Lunatic asylums Bombay report 1878-1890 - 1878-1890
Year: 1878
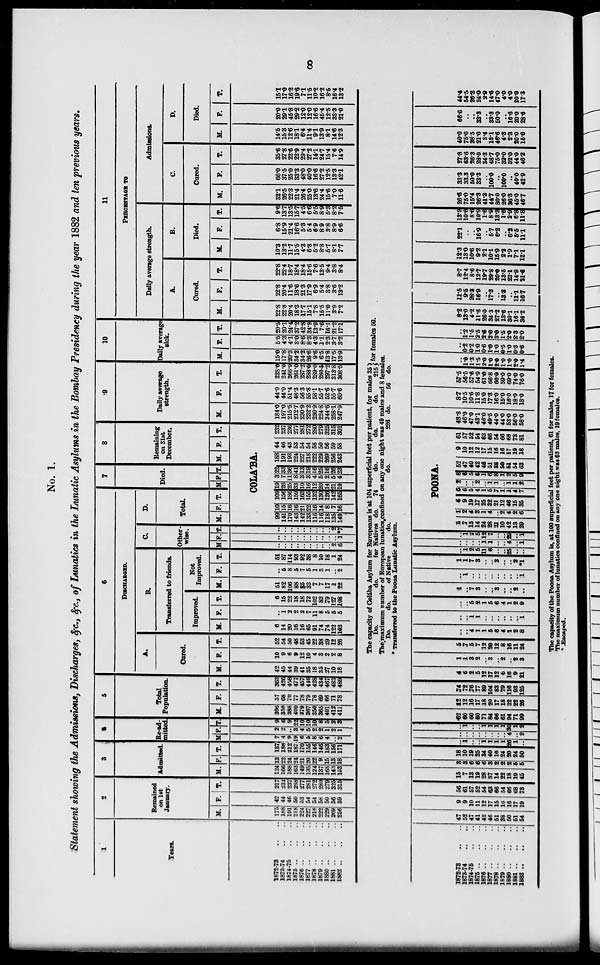
8
No. 1.
Statement showing the Admissions, Discharges, &c., &c., of Lunatics in the Lunatic Asylums in the Bombay Presidency during the year 1882 and ten previous years.
1
Years.
1872-73 .. ..
1873-74 .. ..
1874-75 .. ..
1875
..
..
..
1876
..
..
..
1877
..
..
..
1878
..
..
..
1879
..
..
..
1880
..
..
..
1881
..
..
..
1882
..
..
..
2
Remained
on 1st
January.
M.
175
188
191
218
224
227
216
222
229
269
256
F.
42
44
46
50
53
54
54
58
50
56
59
T.
217
232
237
268
277
281
272
280
279
325
315
3
Admitted.
M.
124
166
188
163
149
135
124
137
168
143
153
F.
13
22
24
24
21
20
22
9
15
13
18
T.
137
188
212
187
170
155
146
146
183
156
171
4
Re-ad-
mitted
M.
7
4
9
19
6
5
8
6
4
..
2
F.
2
2
..
3
4
5
2
2
1
2
1
T.
9
6
9
22
10
10
10
8
5
2
3
5
Total
Population.
M.
306
358
388
400
379
367
350
365
401
412
411
F.
57
68
70
77
78
79
78
69
66
71
78
T.
363
426
458
477
457
416
428
434
467
483
489
6
DISCHARGED.
A.
Cured.
M.
42
45
44
39
41
35
18
35
27
10
18
F.
10
9
6
9
12
10
4
3
2
2
8
T.
52
54
50
48
53
45
22
38
29
12
26
B.
Transferred to friends.
Improved.
M.
6
14
20
16
16
65
91
74
74
122
103
F.
..
1
2
2
2
7
11
8
5
5
5
T.
6
15
22
18
18
72
102
82
79
127
108
Not
Improved.
M.
51
82
106
88
85
33
7
7
17
1
22
F.
..
5
8
5
7
5
1
3
1
..
2
T.
51
87
114
93
92
38
8
10
18
1
24
C.
Other-
wise.
M
..
..
..
..
..
..
..
..
..
2
6
F.
..
..
..
..
..
..
..
..
..
..
1
T.
..
..
..
..
..
..
..
..
..
2
*7
D.
Total.
M. F. T.
7
Died.
M F. T.
8
Remaining
on 31st
December.
M. F. T.
COLA'BA.
99
141
170
143
142
133
116
116
118
135
149
10
15
16
16
21
22
16
14
8
7
16
109
156
186
159
163
155
132
130
126
142
165
19
26
25
33
10
16
12
20
14
21
19
3
7
11
8
3
3
4
5
2
5
4
22
33
36
41
13
19
16
25
16
26
23
188
191
193
224
227
218
222
229
269
256
243
44
46
43
53
54
54
58
50
56
59
58
232
237
236
277
281
272
280
279
325
315
301
9
Daily average
strength.
M.
184.0
197.0
215.5
212.7
230.9
232.2
230.9
224.8
244.6
258.1
247.9
F.
44.0
44.0
51.4
48.3
56.3
55.8
58.1
55.7
52.6
55.7
60.6
T.
228.0
241.0
266.9
261.0
287.2
288.0
289.0
280.5
297.2
313.8
308.5
10
Daily average
sick.
M.
15.0
17.8
20.3
34.2
34.2
26.6
9.6
6.5
13.8
17.5
13.9
F.
5.5
4.3
4.1
3.0
8.6
8.3
4.3
1.1
2.3
3.7
3.2
T.
20.5
20.1
24.4
37.2
42.8
34.9
13.9
7.6
16.1
21.2
17.1
11
PERCENTAGE TO
Daily average strength.
A.
Cured.
M.
22.8
22.8
20.4
18.3
17.7
15.1
7.8
15.5
11.0
3.9
7.2
F.
22.8
20.4
11.6
18.6
21.3
17.9
6.9
5.4
3.8
3.6
13.2
T.
22.8
22.4
18.7
18.4
18.4
15.6
7.6
13.5
9.4
3.8
8.4
B.
Died.
M.
10.3
13.2
11.7
15.5
4.3
6.8
5.2
8.8
5.7
8.1
7.7
F.
6.8
15.9
21.4
16.6
5.3
5.4
6.9
8.9
3.8
8.9
6.6
T.
9.6
13.7
13.5
15.7
4.5
6.6
5.5
8.9
5.3
8.2
7.5
Admissions.
C.
Cured.
M.
32.1
26.5
22.3
21.4
26.4
25.0
13.6
24.4
15.6
7.0
11.6
F.
66.0
37.5
25.0
33.3
48.0
40.0
16.6
27.2
12.5
13.3
42.1
T.
35.6
27.8
22.6
22.9
29.4
27.2
14.1
24.7
15.4
7.6
14.9
D.
Died.
M.
14.5
15.3
12.6
18.1
6.4
11.4
9.1
13.9
8.1
14.6
12.3
F.
20.0
29.1
45.8
29.2
12.0
12.0
16.6
45.4
12.5
33.3
21.0
T.
15.1
17.0
16.2
19.6
7.1
11.6
10.2
16.2
8.5
16.4
13.2
The capacity of Colába Asylum for Europeans is at 104 superficial feet per patient, for males 35
Do.
do.
for Natives do.
74
do.
do.
do.
215 for females 50.
The maximum number of European lunatics confined on any one night was 49 males and 8 females.
Do.
do.
of Native
do.
do.
226 do.
56 do.
* Transferred to the Poona Lunatic Asylum.
1872-73 .. ..
1873-74 .. ..
1874-75 .. ..
1875
..
..
..
1876
..
..
..
1877 .. .. ..
1878
..
..
..
1879
..
..
..
1880
..
..
..
1881
..
..
..
1882
..
..
..
47
52
47
41
42
46
51
38
50
51
64
9
9
10
11
12
17
15
16
16
17
19
56
61
67
52
54
63
66
54
66
68
73
15
7
13
19
28
37
14
22
18
19
45
8
3
6
6
6
3
2
2
2
5
5
18
10
19
25
34
40
16
24
20
24
50
..
1
..
..
1
1
1
1
26
1
..
..
..
..
..
..
..
..
..
4
..
2
..
1
..
..
1
1
1
1
30
1
2
62
60
60
60
71
84
66
61
94
71
99
12
12
16
17
18
20
17
18
22
22
26
74
72
76
77
89
104
83
79
116
93
125
4
6
2
5
12
17
12
6
16
9
21
1
1
3
2
..
3
..
2
..
2
3
5
7
6
7
12
20
12
8
16
11
24
..
..
4
1
1
5
6
4
1
2
8
..
..
1
1
..
..
..
..
..
..
1
..
..
5
2
1
5
6
4
1
2
9
1
..
7
3
..
..
3
..
..
2
..
..
1
..
..
..
..
..
..
..
..
1
1
1
7
3
..
..
3
..
..
2
*1
..
1
2
5
11
6
..
..
25
..
..
..
..
..
..
1
1
..
..
4
..
1
..
1
2
5
12
7
..
..
29
..
1
POONA.
6
7
16
14
24
28
21
10
42
13
29
1
2
4
3
1
4
..
2
4
2
6
6
9
19
17
25
32
21
12
46
15
35
6
6
5
4
1
5
7
1
1
4
7
2
..
..
2
..
1
1
..
1
1
2
8
6
5
6
1
6
8
1
2
5
9
52
47
40
42
46
51
38
50
61
54
63
9
10
12
12
17
15
16
16
17
19
18
61
57
52
54
63
66
54
66
68
73
81
48.8
46.0
47.0
43.1
46.0
49.5
44.0
44.0
53.0
56.0
58.0
8.7
10.5
10.6
11.8
15.0
17.3
16.0
15.0
16.0
18.0
18.0
57.5
56.5
57.6
54.9
61.0
66.8
60.0
59.0
69.0
74.0
76.0
..
1.0
1.3
1.5
2.0
1.0
2.0
1.0
1.0
2.0
1.4
..
0.2
0.2
1.0
0.6
1.0
1.0
0.5
1.0
0.3
0.6
..
1.2
1.5
2.5
2.6
2.0
3.0
1.5
2.0
2.3
2.0
8.2
13.0
4.2
11.6
26.0
34.3
27.2
13.6
30.1
16.1
36.2
11.5
9.5
28.3
16.9
..
17.3
..
13.3
..
11.1
16.7
8.7
12.4
8.6
12.7
19.7
29.8
20.0
13.5
23.1
14.9
31.6
12.3
13.0
10.6
9.2
2.1
10.1
15.9
2.2
1.9
7.1
12.1
22.1
..
..
16.9
..
5.7
6.2
..
6.2
5.5
11.1
13.9
10.6
8.6
10.9
1.6
8.9
13.3
1.6
2.9
6.8
11.8
26.6
75.0
15.4
26.3
41.3
44.7
80.0
26.0
36.3
45.0
46.7
33.3
33.3
50.0
33.3
..
100.0
..
100.0
..
40.0
42.9
27.8
63.6
26.3
28.0
34.3
48.7
75.0
32.0
320
44.0
46.2
40.0
75.0
38.5
21.0
3.4
13.1
46.6
4.3
2.3
20.0
15.6
66.6
..
..
33.3
..
33.3
50.0
..
16.6
20.0
28.6
44.4
54.5
26.3
24.0
2.9
14.6
47.0
4.0
4.0
20.0
17.3
The capacity of the Poona Asylum is, at 100 superficial feet per patient, 61 for males, 17 for females.
The maximum number of lunatics confined on any one night was 63 males, 19 females.
* Escaped.